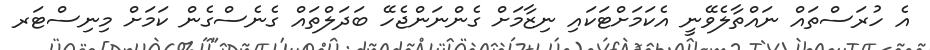
އެ ހުރަސްތައް ނައްތާލެވޭނީ އެކަމަށްޓަކައި ނިޒާމަށް ގެންނަންޖެހޭ ބަދަލްތައް ގެނެސްގެން ކަމަށް މިނިސްޓަރ